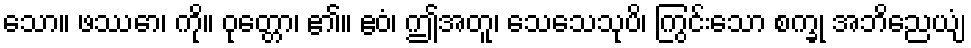
သော။ ဖဿော၊ ကို။ ဝုတ္တော၊ ၏။ ဧဝံ၊ ဤအတူ၊ သေသေသုပိ၊ ကြွင်းသော စက္ခု အဘိညေယျံ